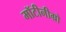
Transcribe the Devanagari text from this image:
मॉटीनीग्रो